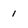
Character: 1